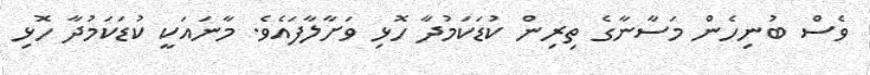
ވެސް ބުނިހެން މަސާނާގެ ތިރިން ކުޑަކަމުދާ ހޮޅި ވަށާލާފައެވެ. މާނައަކީ ކުޑަކަމުދާ ހޮޅި